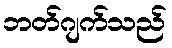
ဘတ်ဂျက်သည်